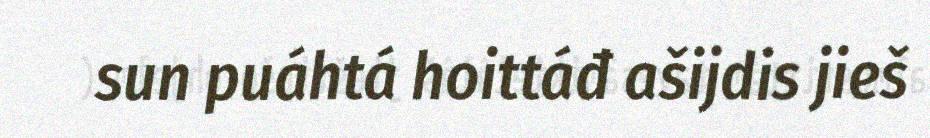
sun puáhtá hoittáđ ašijdis jieš